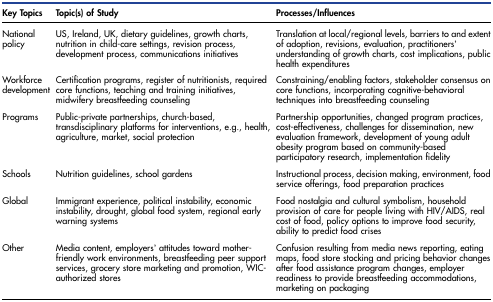
| Key Topics | Topic(s) of Study | Processes/Influences |
 | --- | --- | --- |
 | National policy | US, Ireland, UK, dietary guidelines, growth charts, nutrition in child-care settings, revision process, development process, communications initiatives | Translation at local/regional levels, barriers to and extent of adoption, revisions, evaluation, practitioners’ understanding of growth charts, cost implications, public health expenditures |
 | Workforce development | Certification programs, register of nutritionists, required core functions, teaching and training initiatives, midwifery breastfeeding counseling | Constraining/enabling factors, stakeholder consensus on core functions, incorporating cognitive-behavioral techniques into breastfeeding counseling |
 | Programs | Public-private partnerships, church-based, transdisciplinary platforms for interventions, e.g., health, agriculture, market, social protection | Partnership opportunities, changed program practices, cost-effectiveness, challenges for dissemination, new evaluation framework, development of young adult obesity program based on community-based participatory research, implementation fidelity |
 | Schools | Nutrition guidelines, school gardens | Instructional process, decision making, environment, food service offerings, food preparation practices |
 | Global | Immigrant experience, political instability, economic instability, drought, global food system, regional early warning systems | Food nostalgia and cultural symbolism, household provision of care for people living with HIV/AIDS, real cost of food, policy options to improve food security, ability to predict food crises |
 | Other | Media content, employers’ attitudes toward mother-friendly work environments, breastfeeding peer support services, grocery store marketing and promotion, WIC-authorized stores | Confusion resulting from media news reporting, eating maps, food store stocking and pricing behavior changes after food assistance program changes, employer readiness to provide breastfeeding accommodations, marketing on packaging |